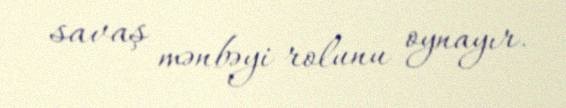
savaş mənbəyi rolunu oynayır.